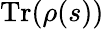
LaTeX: {\mathrm{Tr}}(\rho(s))